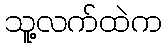
သူ့လက်ထဲက